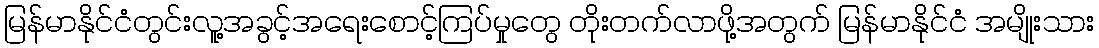
မြန်မာနိုင်ငံတွင်းလူ့အခွင့်အရေးစောင့်ကြပ်မှုတွေ တိုးတက်လာဖို့အတွက် မြန်မာနိုင်ငံ အမျိုးသား